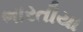
ભારતીયા